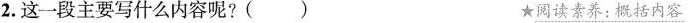
2.这一段主要写什么内容呢?() ★阅读素养：概括内容